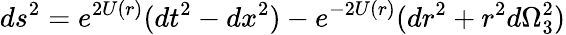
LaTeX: ds^{2}=e^{2U(r)}(dt^{2}-dx^{2})-e^{-2U(r)}(dr^{2}+r^{2}d\Omega_{3}^{2})